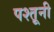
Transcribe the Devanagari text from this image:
पश्तूनी